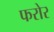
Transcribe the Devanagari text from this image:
फरोर